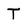
Character: T